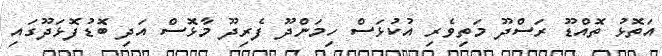
އަތޮޅު ތޮއްޑޫ ރަސްދޫ މަތިވެރި އުކުޅަސް ހިމަންދޫ ފެރިދޫ މާޅޮސް އަދި ބޮޑުފޮޅަދޫގައި